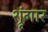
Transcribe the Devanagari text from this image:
श्रृंंगार